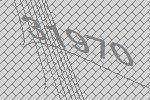
31970